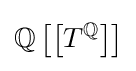
\mathbb {Q} \left[\left[T^{\mathbb {Q} }\right]\right]